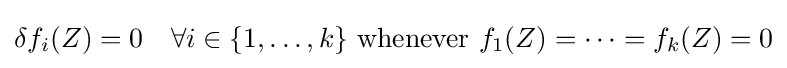
\delta f_{i}(Z)=0\quad \forall i\in \{1,\dots ,k\}{\mbox{ whenever }}f_{1}(Z)=\dots =f_{k}(Z)=0